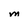
Character: M